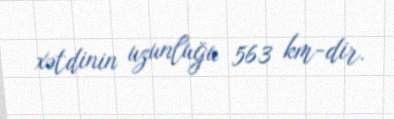
xətdinin uzunluğu 563 km-dir.